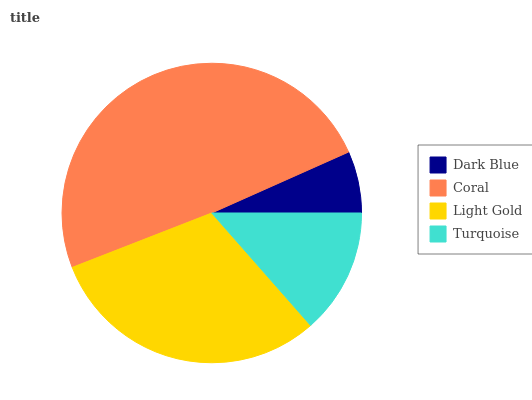
| Dark Blue | Coral | Light Gold | Turquoise |
 | --- | --- | --- | --- |
 | 6.67% | 49.2% | 30.6% | 13.5% |